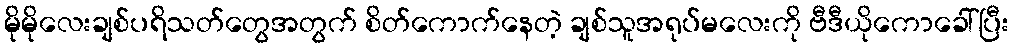
မိုမိုလေးချစ်ပရိသတ်တွေအတွက် စိတ်ကောက်နေတဲ့ ချစ်သူအရုပ်မလေးကို ဗီဒီယိုကောခေါ်ပြီး